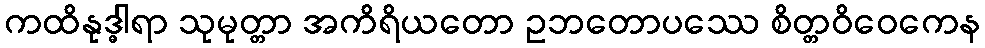
ကထိနုဒ္ဓါရာ သုမုတ္တာ အကိရိယတော ဥဘတောပဿေ စိတ္တဝိဝေကေန